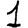
Digit: 1